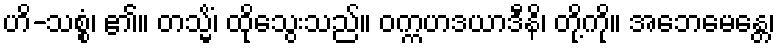
ဟိ-သစ္စံ၊ ၏။ တသ္မိံ၊ ထိုသွေးသည်။ ဝက္ကဟဒယာဒီနိ၊ တို့ကို။ အဘေမေန္တေ၊